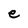
Character: e